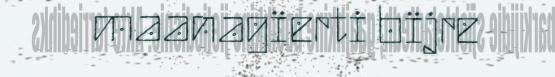
maanagïerti bïjre